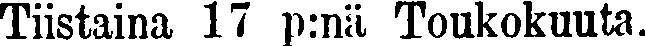
Tiistaina 17 p:nä Toukokuuta.